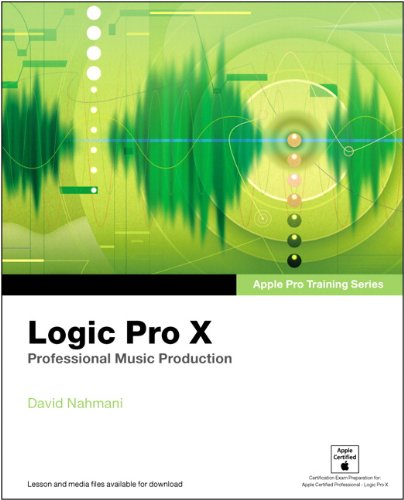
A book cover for Apple Pro Training Series: Logic Pro X: Professional Music Production; David Nahmani; Arts & Photography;